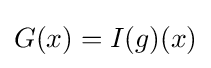
G(x)=I(g)(x)